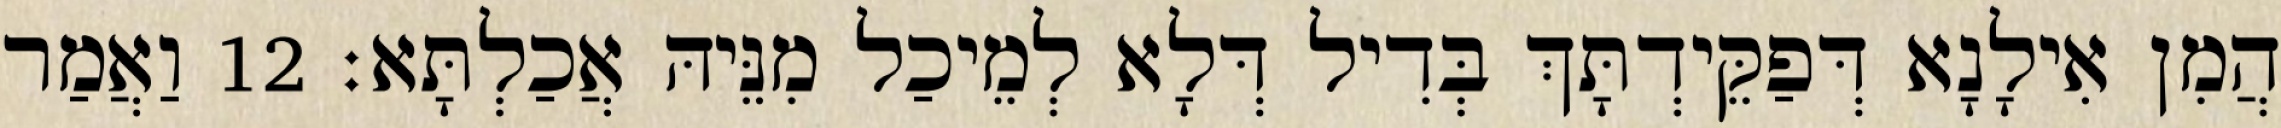
הֲמִן אִילָנָא דְּפַקֵּידְתָּךְ בְּדִיל דְּלָא לְמֵיכַל מִנֵּיהּ אֲכַלְתָּא׃ 12 וַאֲמַר